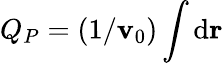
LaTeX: Q_{P}=(1/\mathbf{v}_{0})\int\mathrm{{d}}{\mathbf{r}}